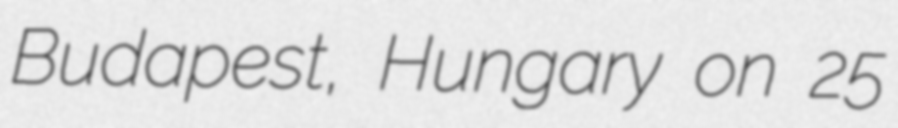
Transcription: Budapest, Hungary on 25